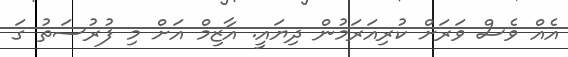
އެއް ވެސް ވަރަށް ކުރިއަރަމުން ދިޔައީ. އާޒިމް އަށް މި ފުރުސަތު ގަ